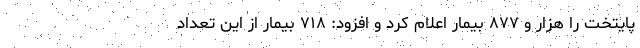
پایتخت را هزار و ۸۷۷ بیمار اعلام کرد و افزود: ۷۱۸ بیمار از این تعداد